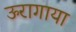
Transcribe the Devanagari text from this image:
ऊरागाया